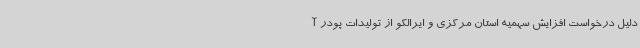
دلیل درخواست افزایش سهمیه استان مرکزی و ایرالکو از تولیدات پودر آ